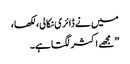
میں نے ڈائری نکالی، لکھا،
”مجھے اکثر لگتا ہے۔